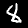
Label: 8